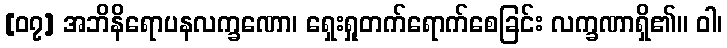
[၀၇] အဘိနိရောပနလက္ခဏော၊ ရှေးရှုတက်ရောက်စေခြင်း လက္ခဏာရှိ၏။ ဝါ၊